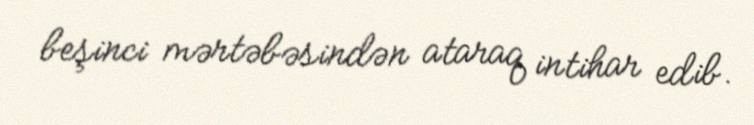
beşinci mərtəbəsindən ataraq intihar edib.